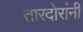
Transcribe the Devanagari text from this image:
तारदोरांनी